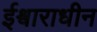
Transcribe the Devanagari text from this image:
ईश्वाराधीन